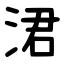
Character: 涒